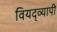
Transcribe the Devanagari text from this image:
वियद्व्यापी